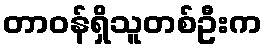
တာဝန်ရှိသူတစ်ဦးက